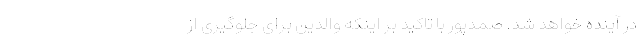
در آینده خواهد شد. صمدپور با تاکید بر اینکه والدین برای جلوگیری از